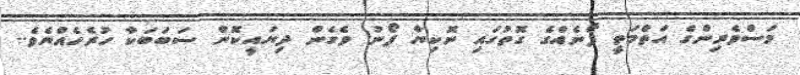
މަސްވެރިންގެ އަތްމަތީ ފޯނެއްގެ ގޮތުގައި ނޮކިޔާ ފޯނު ވެގެން ދިޔައީކޮން ސަބަބަކާ ހުރެހެއްޔެވެ..